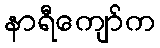
နာရီကျော်က